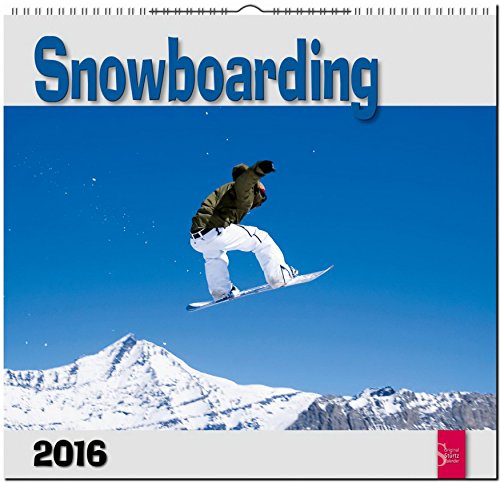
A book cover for Snowboarding 2016; Sports & Outdoors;